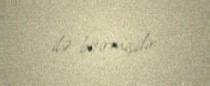
ilə bitirmişdir.